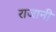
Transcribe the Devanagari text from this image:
राजानी